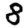
Digit: 8